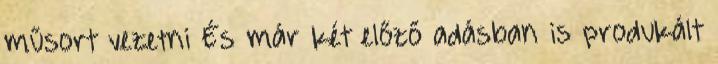
műsort vezetni És már két előző adásban is produkált